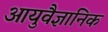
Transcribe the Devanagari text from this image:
आयुवैज्ञानिक